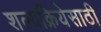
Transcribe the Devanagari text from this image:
शल्यक्रियेसाठी